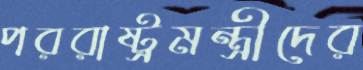
পররাষ্ট্রমন্ত্রীদের